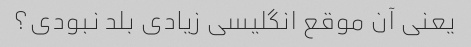
یعنی آن موقع انگلیسی زیادی بلد نبودی؟